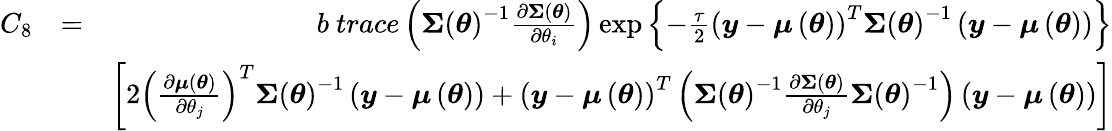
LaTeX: \begin{array}{rlr}{C_{8}}&{=}&{b\mathrm{~}trace\left(\boldsymbol{\Sigma}\left(\boldsymbol{\theta}\right)^{-1}\frac{\partial\boldsymbol{\Sigma}\left(\boldsymbol{\theta}\right)}{\partial\theta_{i}}\right)\exp\left\{ -\frac{\tau}{2}\left(\boldsymbol{y}-\boldsymbol{\mu}\left(\boldsymbol{\theta}\right)\right)^{T}\boldsymbol{\Sigma}\left(\boldsymbol{\theta}\right)^{-1}\left(\boldsymbol{y}-\boldsymbol{\mu}\left(\boldsymbol{\theta}\right)\right)\right\} }\\ &{}&{\left[2\left(\frac{\partial\boldsymbol{\mu}\left(\boldsymbol{\theta}\right)}{\partial\theta_{j}}\right)^{T}\boldsymbol{\Sigma}\left(\boldsymbol{\theta}\right)^{-1}\left(\boldsymbol{y}-\boldsymbol{\mu}\left(\boldsymbol{\theta}\right)\right)+\left(\boldsymbol{y}-\boldsymbol{\mu}\left(\boldsymbol{\theta}\right)\right)^{T}\left(\boldsymbol{\Sigma}\left(\boldsymbol{\theta}\right)^{-1}\frac{\partial\boldsymbol{\Sigma}\left(\boldsymbol{\theta}\right)}{\partial\theta_{j}}\boldsymbol{\Sigma}\left(\boldsymbol{\theta}\right)^{-1}\right)\left(\boldsymbol{y}-\boldsymbol{\mu}\left(\boldsymbol{\theta}\right)\right)\right]}\end{array}